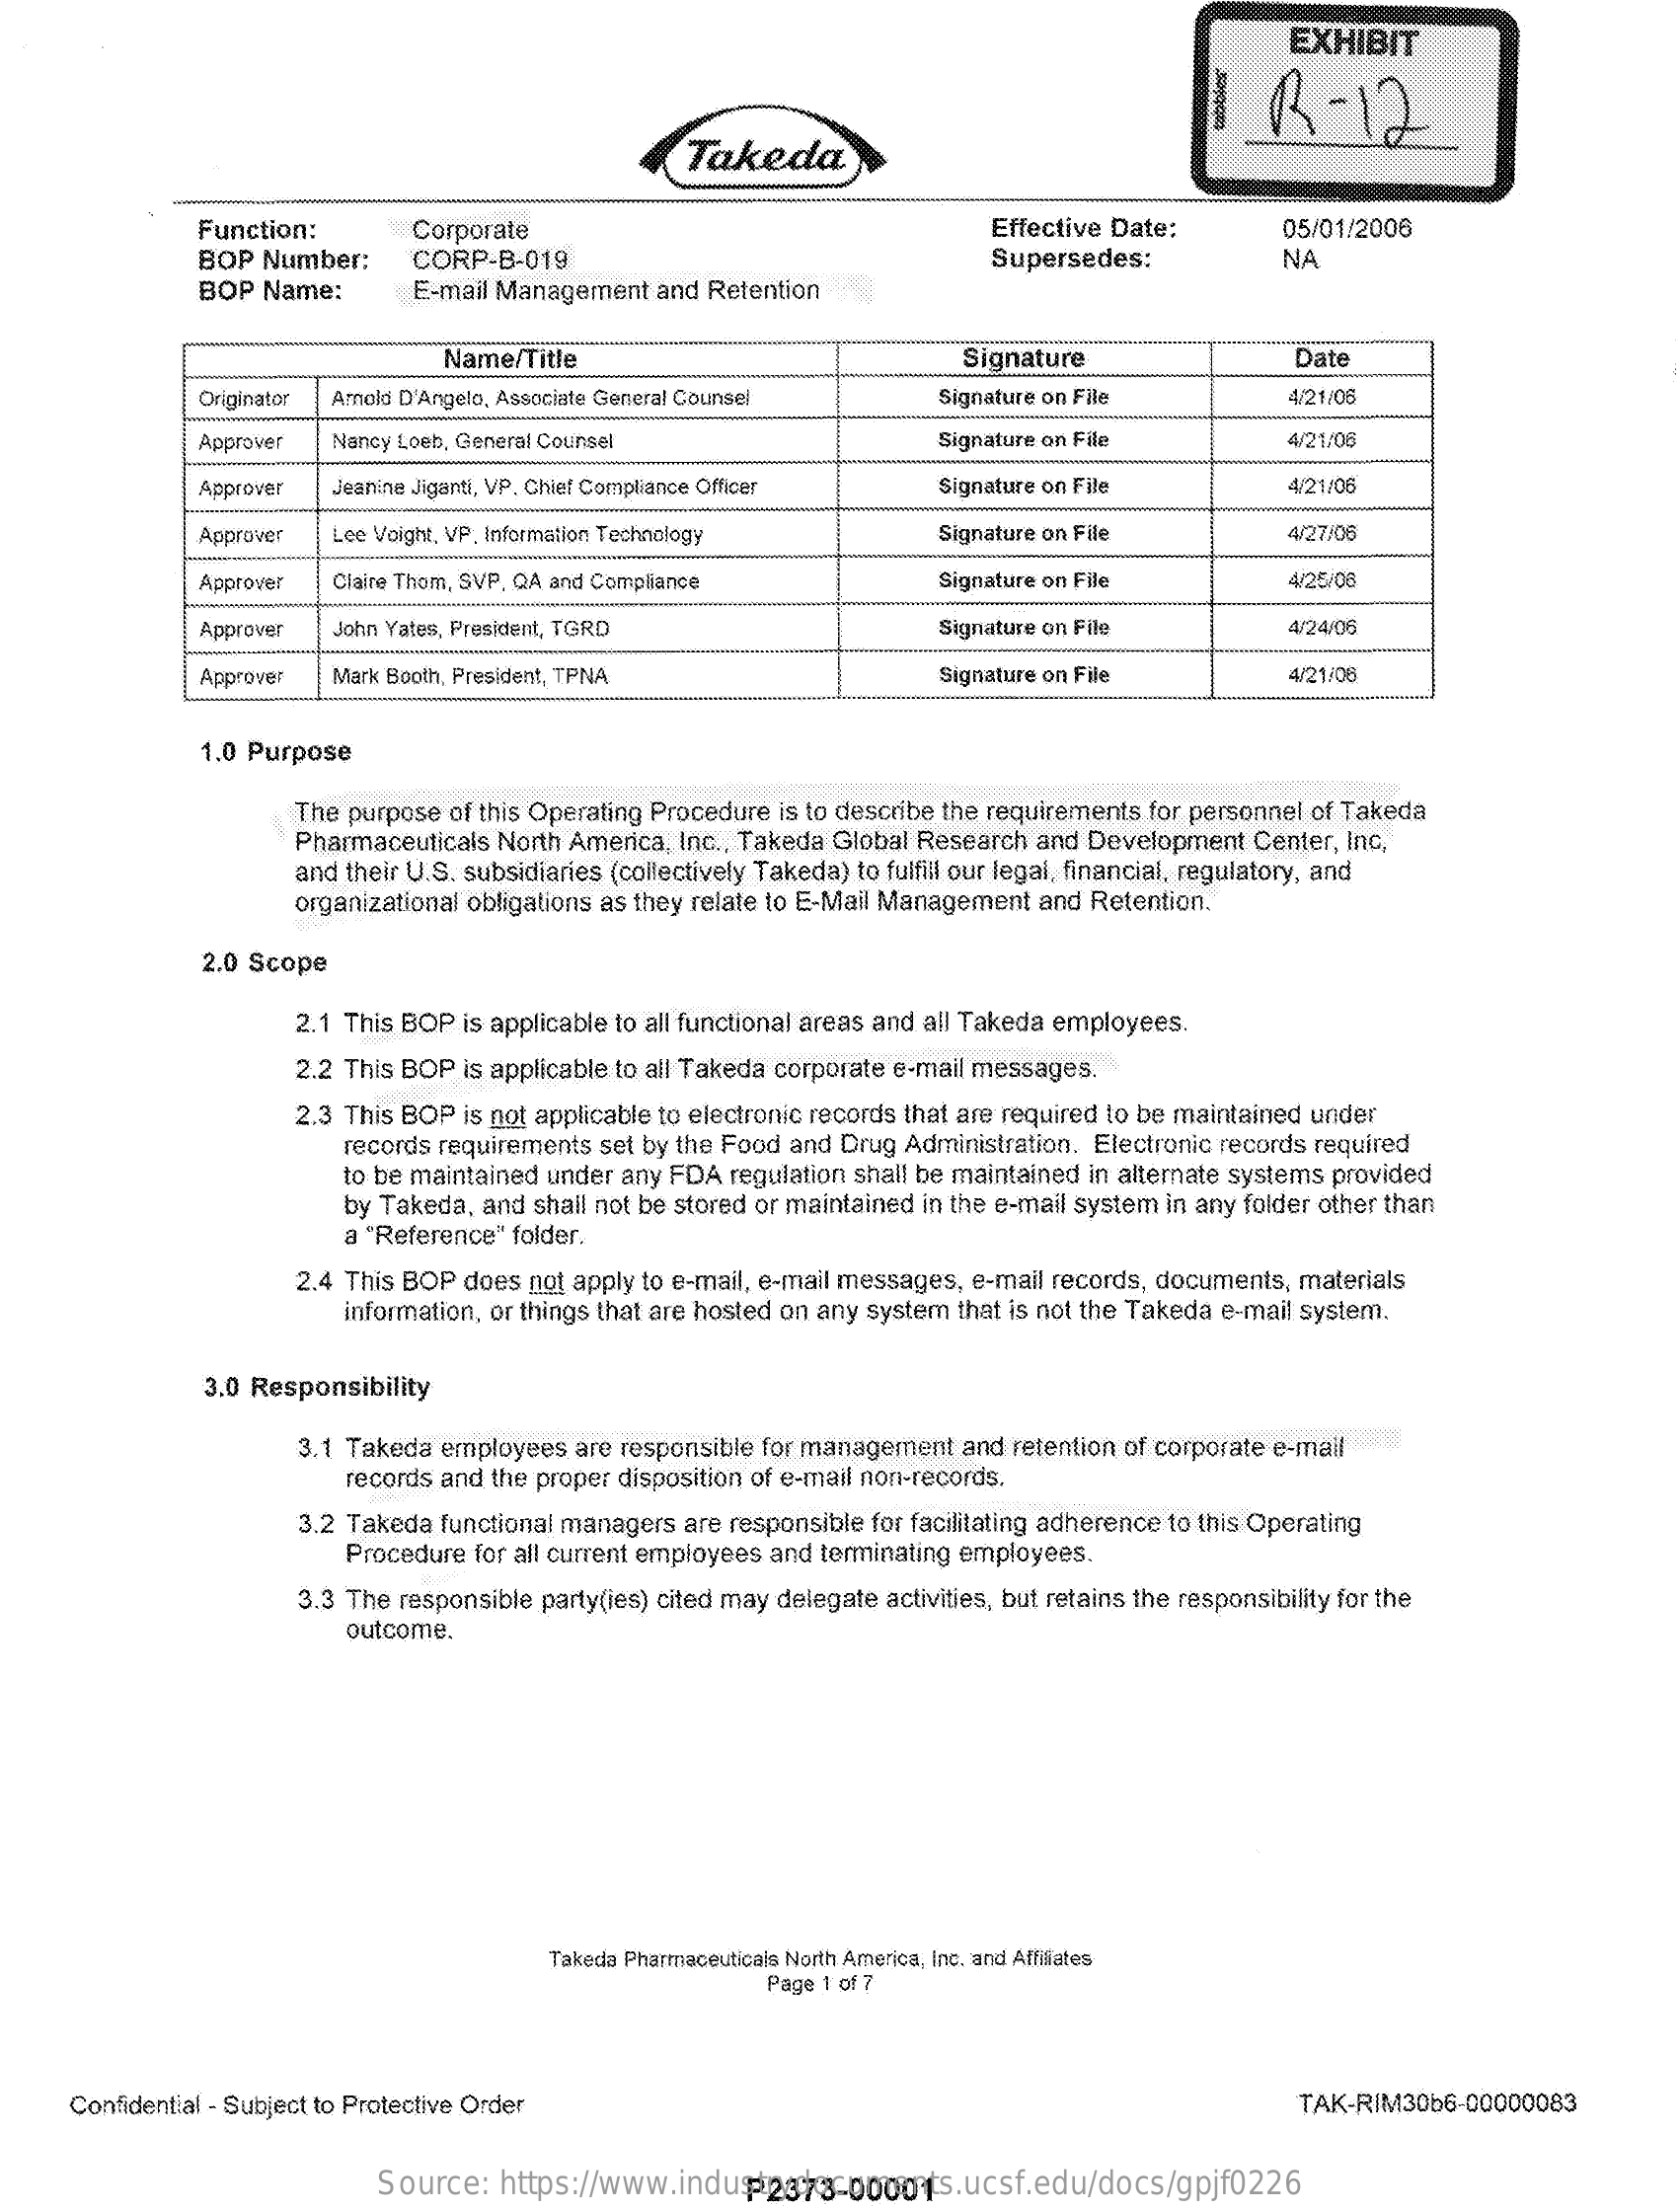
EXHIBIT
     8-    12
     Takeda
     tabble
     -
     Function:    Corporate    Effective Date:    05/01/2006
     BOP Number:    CORP-B-019    Supersedes:    NA
     BOP Name:    E-mail Management and Retention
     Name/Title    Signature    Date
     Originator Arnold D'Angelo, Associate General Counsel    Signature on File    4/21/06
     Approver  Nancy Loeb, General Counsel    Signature on File    4/21/06
     Approver  Jeanine Jiganti, VP. Chief Compliance Officer  Signature on File    4/21/06
     Approver  Lee Voight, VP. Information Technology    Signature on File    4/27/06
     Approver  Claire Thom, SVP. QA and Compliance    Signature on File    4/25/08
     Approver   John Yates, President, TGRD    Signature on File    4/24/06
     Approver  Mark Booth, President, TPNA    Signature on File    1/21/06
     1.0 Purpose
     The purpose of this Operating Procedure is to describe the requirements for personnel of Takeda
     Pharmaceuticals North America, Inc ., Takeda Global Research and Development Center, Inc,
     and their U.S. subsidiaries (collectively Takeda) to fulfill our legal, financial, regulatory, and
     organizational obligations as they relate to E-Mail Management and Retention.
     2.0 Scope
     2.1 This BOP is applicable to all functional areas and all Takeda employees.
     2.2 This BOP is applicable to all Takeda corporate e-mail messages.
     2.3 This BOP is not applicable to electronic records that are required to be maintained under
     records requirements set by the Food and Drug Administration. Electronic records required
     to be maintained under any FDA regulation shall be maintained in alternate systems provided
     by Takeda, and shall not be stored or maintained in the e-mail system in any folder other than
     a "Reference" folder.
     2.4 This BOP does not apply to e-mail, e-mail messages, e-mail records, documents, materials
     information, or things that are hosted on any System that is not the Takeda e-mail system.
     3.0 Responsibility
     3.1 Takeda employees are responsible for management and retention of corporate e-mail
     records and the proper disposition of e-mail non-records.
     3.2 Takeda functional managers are responsible for facilitating adherence to this Operating
     Procedure for all current employees and terminating employees.
     3.3 The responsible party(ies) cited may delegate activities, but retains the responsibility for the
     outcome.
     Takeda Pharmaceuticals North America, Inc. and Affiliates
     Page 1 of 7
     Confidential - Subject to Protective Order    TAK-RIM30b6-00000083
     Source:   https://www.industrydocuments.ucsf.edu/docs/gpjf0226 P2373-00001